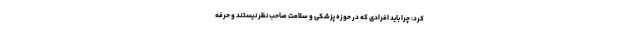
کرد: چرا باید افرادی که در حوزه پزشکی و سلامت صاحب نظر نیستند و حرفه